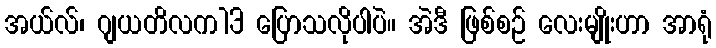
အယ်လ်၊ ဂျယတိလက13 ပြောသလိုပါပဲ။ အဲဒီ ဖြစ်စဉ် လေးမျိုးဟာ အာရုံ